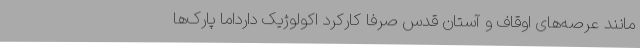
مانند عرصه‌های اوقاف و آستان قدس صرفا کارکرد اکولوژیک دارداما پارک‌ها